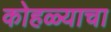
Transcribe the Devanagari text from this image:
कोहळ्याचा